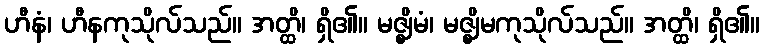
ဟီနံ၊ ဟီနကုသိုလ်သည်။ အတ္ထိ၊ ရှိ၏။ မဇ္ဈိမံ၊ မဇ္ဈိမကုသိုလ်သည်။ အတ္ထိ၊ ရှိ၏။